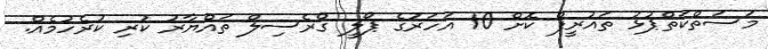
މަސަތްކަތްޕުޅު ތައުރީފް ކޮށް 10 އަހަރުގެ ޕޯލީ ގްރެސިލް ތައްޔާރު ކުރި ކުރެހުމެއް.